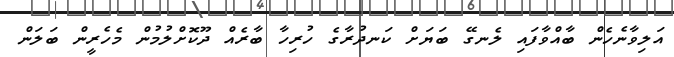
އަލިވާނެހެން ބާއްވާފައި ލެނގޭ ބަޔަށް ކަނދުރާގެ ހުރިހާ ބާރެއް ދޫކޮށްލުމުން މެހެރީން ބަލަން